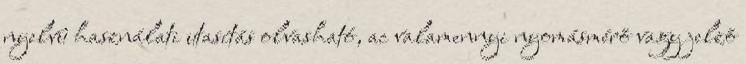
nyelvû használati utasítás olvasható, ac valamennyi nyomásmérõ vagy jelzõ